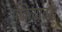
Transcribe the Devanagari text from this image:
प्रक्रियाबद्ध